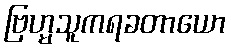
ဗြဟ္မသူကရခတာယော